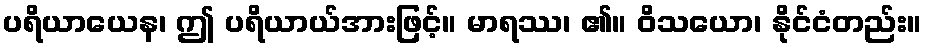
ပရိယာယေန၊ ဤ ပရိယာယ်အားဖြင့်။ မာရဿ၊ ၏။ ဝိသယော၊ နိုင်ငံတည်း။